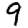
Digit: 9